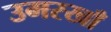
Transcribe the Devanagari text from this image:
उमरखाँ